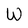
Character: W